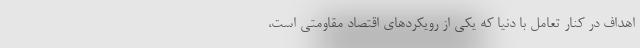
اهداف در کنار تعامل با دنیا که یکی از رویکردهای اقتصاد مقاومتی است،